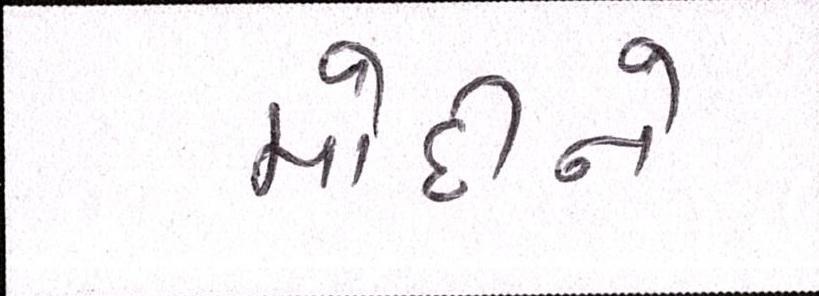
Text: મોદીને